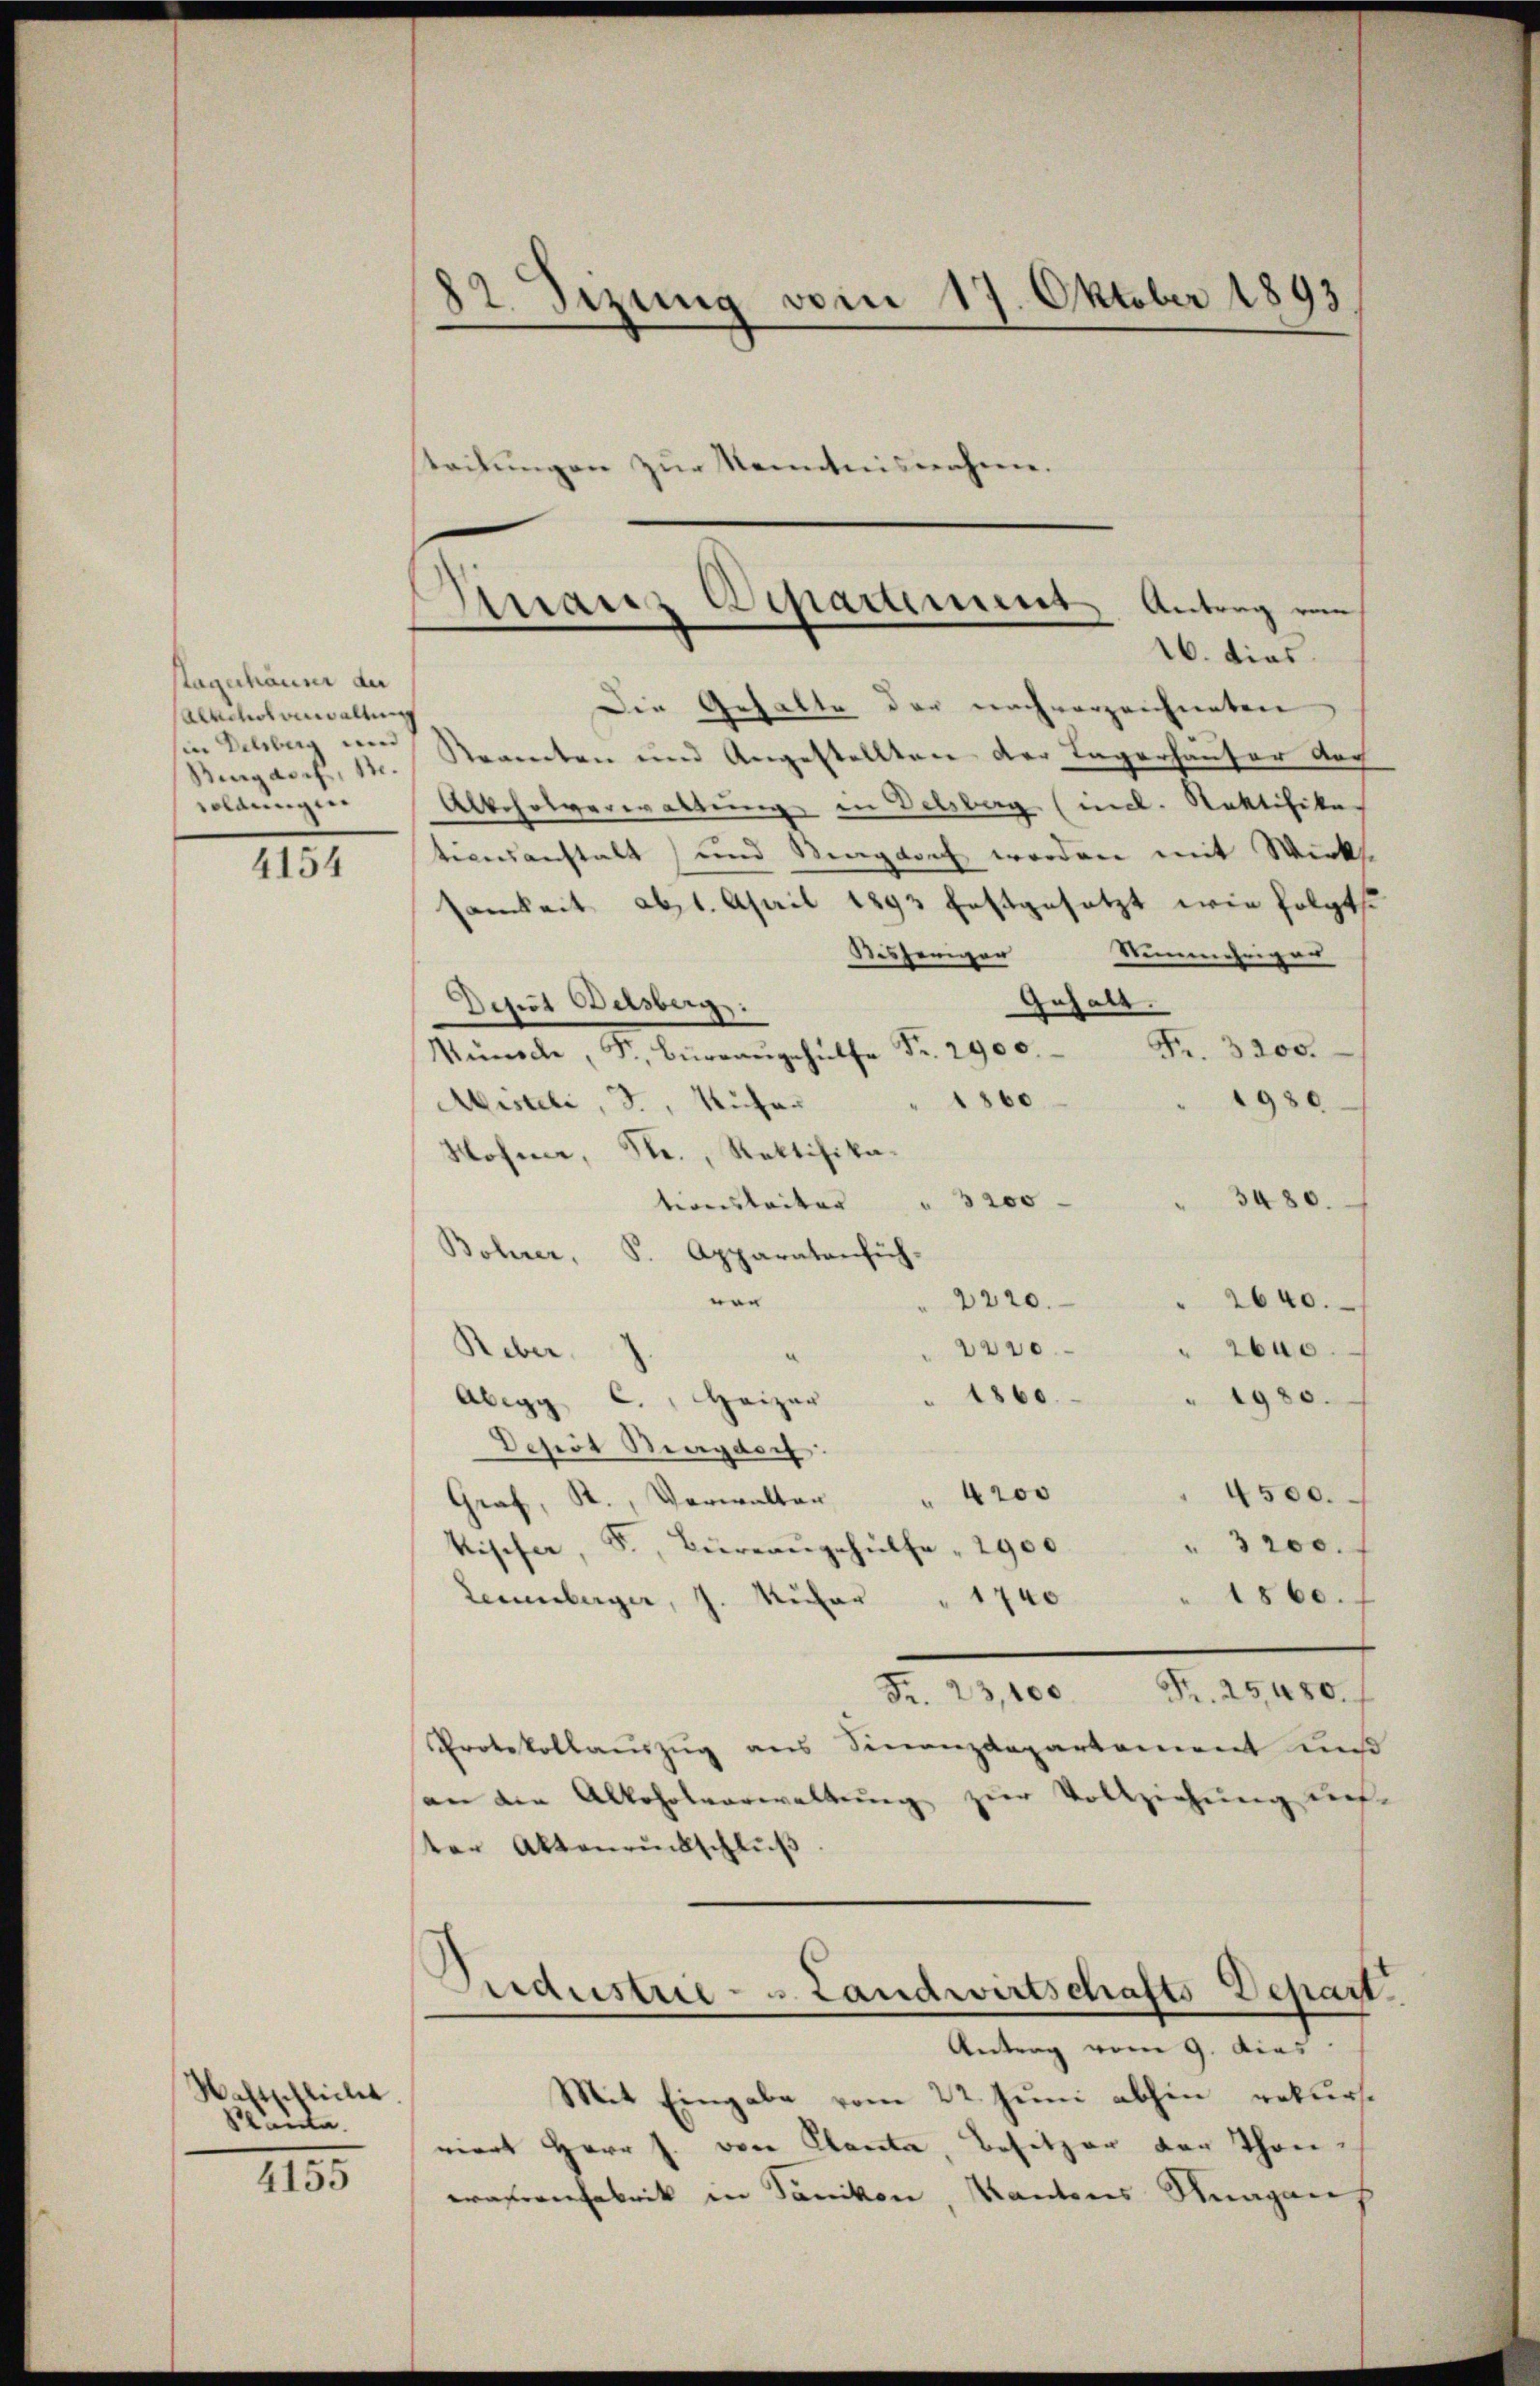
stagerhäuser au
Alkoholverwaltung
in Delsburg und
Bengasch, 11.
soldungen.

4154

Wahrschliebes
äute

4155

82. Sizung vom 17. Oktober 1893
Steckungen zur Kenntnisnahme.

Granz Departement Antrag von
16. dies

Die Gehalte der nach vorzeichneten
Reamten und Angestellten der Tagerhäuser doch
Albcholverwaltung in Delsberg (incl. Ratifika
tionsanstalt und Magdorf worden mit Wirks
samkeit ab. April 1893 festgesetzt wie folgt
Disheriger Nunmehriger
Gehalt.
Deut Delsberg.
Fr. 3200.
Wünsche, Fr. Büreaŭgehülfe Fr. 2900.
80
1980
Mistli, d. Michar
Hofner, Str., Rektifika-
380.
3200.
tionsbeiter
Bohrer, P. Apparatenfüh-
n
2220.
 2640.
s
2600.
Reber.
1860.
" 1980.
Abegg C. " Heizer
Depot Bagdorf:
4200
4500.
Graf, R., Verwalten
" 3200.
kischer, S., Büreaŭgehülfe " 2900.
1860.
Leuenberger, J. Küfer " 1740
Fr. 23,100 Fr. 25,480.
Protokollauszug aus Finanzdepartement uns
an die Alkoholverwaltung zur Vollziehung des-
ter Aktenrückschluß
Oredustrie - u. Landwirtschafts-Depart.
Antrag vom 9. dies
Mit Eingabe vom 22. Juni abhin rekurse
viert Herr J. von Planta, Besitzer der Thon-
aferfabrik in Sanikon, Kantons Raganh